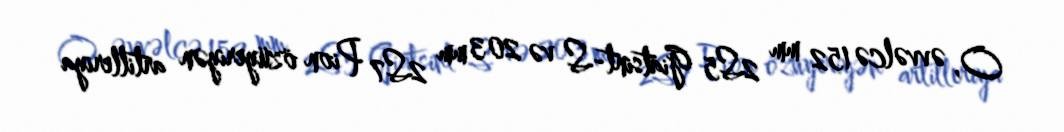
O, əvvəlcə 152 mm 2S5 Giatsint-S və 203 mm 2S7 Pion özüyeriyən artilleriya